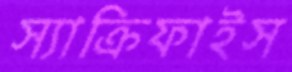
স্যাক্রিফাইস